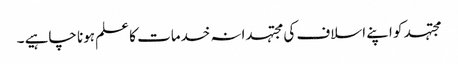
مجتہد کو اپنے اسلاف کی مجتہدانہ خدمات کا علم ہونا چاہیے ۔